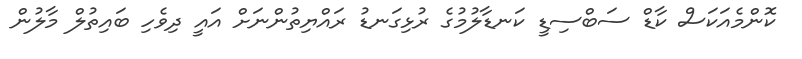
ކޮންމެއަކަސް ކާޑް ސަބްސިޑީ ކަނޑާލުމުގެ ރުޅިގަނޑު ރައްޔިތުންނަށް އައީ ދިވެހި ބައިތުލް މާލުން